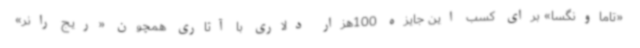
«تاماونگسا» برای کسب این جایزه 100هزار دلاری با آثاری همچون «ریج رانر»